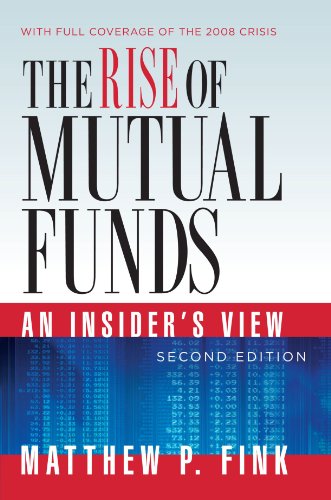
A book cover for The Rise of Mutual Funds: An Insider's View; Matthew P. Fink; Business & Money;